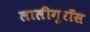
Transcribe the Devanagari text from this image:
लालीगुराँस